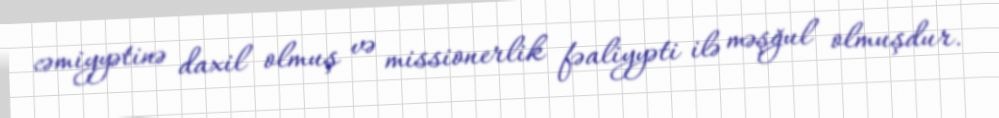
cəmiyyətinə daxil olmuş və missionerlik fəaliyyəti ilə məşğul olmuşdur.